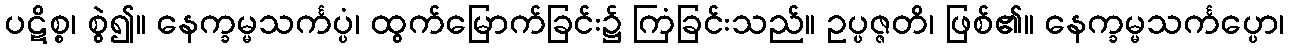
ပဋိစ္စ၊ စွဲ၍။ နေက္ခမ္မသင်္ကပ္ပံ၊ ထွက်မြောက်ခြင်း၌ ကြံခြင်းသည်။ ဥပ္ပဇ္ဇတိ၊ ဖြစ်၏။ နေက္ခမ္မသင်္ကပ္ပော၊